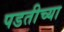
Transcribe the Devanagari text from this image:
पडतीच्या